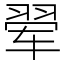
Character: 翚